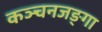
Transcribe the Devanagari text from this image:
कञ्चनजङ्गा